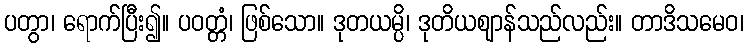
ပတွာ၊ ရောက်ပြီး၍။ ပဝတ္တံ၊ ဖြစ်သော။ ဒုတယမ္ပိ၊ ဒုတိယဈာန်သည်လည်း။ တာဒိသမေဝ၊